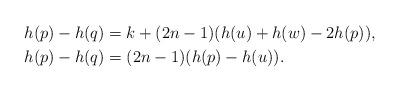
LaTeX: \begin{align*}h(p) - h(q) &= k + (2n - 1) (h(u) + h(w) -2h(p)), \\h(p) - h(q) &= (2n - 1)(h(p) - h(u)).\end{align*}